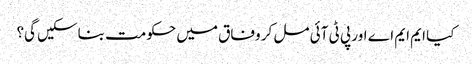
کیا ایم ایم اے اور پی ٹی آئی مل کر وفاق میں حکومت بناسکیں گی؟